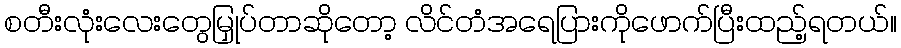
စတီးလုံးလေးတွေမြှုပ်တာဆိုတော့ လိင်တံအရေပြားကိုဖောက်ပြီးထည့်ရတယ်။